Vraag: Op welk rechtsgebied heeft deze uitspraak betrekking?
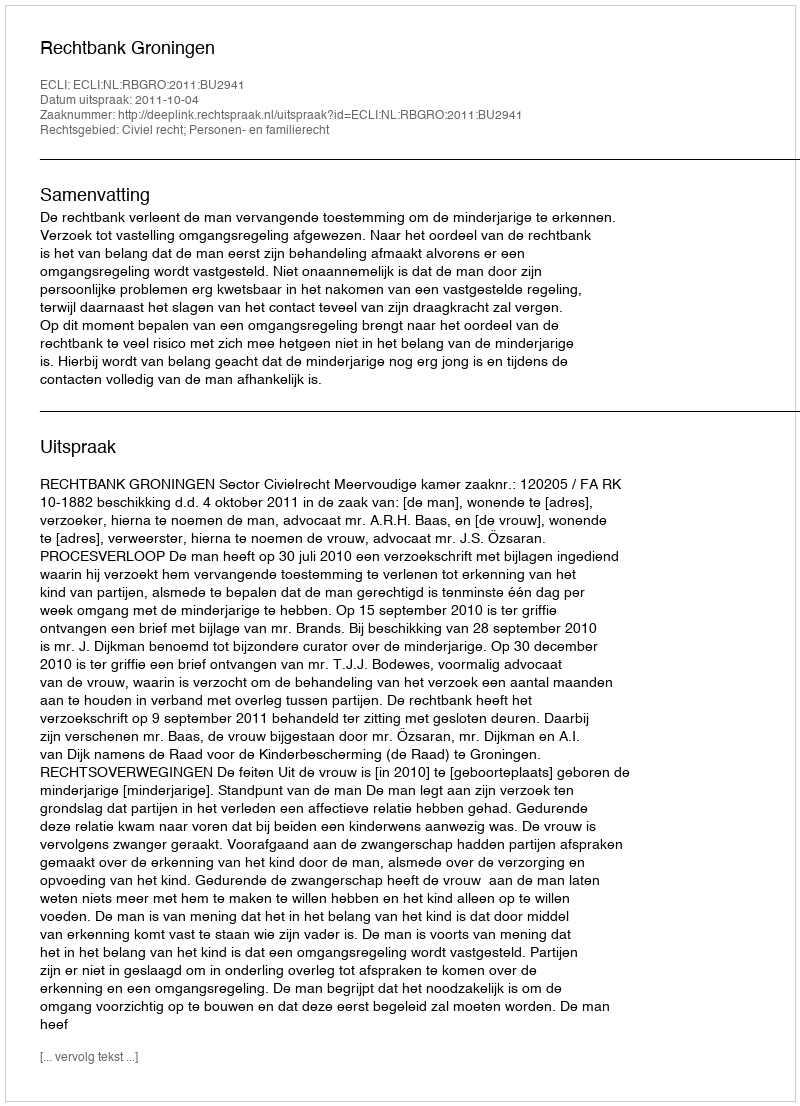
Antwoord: Civiel recht; Personen- en familierecht